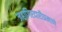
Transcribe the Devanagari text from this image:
जहागिरदारीप्रमाणे